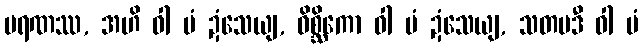
မရဏဿ, အဟိ ဝါ မံ ဍံသေယျ, ဝိစ္ဆိကော ဝါ မံ ဍံသေယျ, သတပဒီ ဝါ မံ